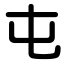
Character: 屯